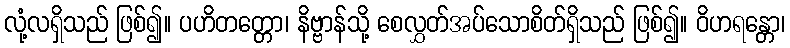
လုံ့လရှိသည် ဖြစ်၍။ ပဟိတတ္တော၊ နိဗ္ဗာန်သို့ စေလွှတ်အပ်သောစိတ်ရှိသည် ဖြစ်၍။ ဝိဟရန္တော၊